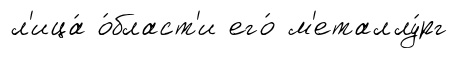
л'ица́ о́бласт'и его́ м'еталлу́рг